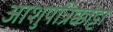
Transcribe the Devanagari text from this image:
आशुपत्रिक्कोट्टा